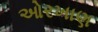
ઓરખાણ